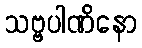
သဗ္ဗပါဏိနော